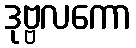
ဒုဗ္ဗလကော